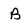
Character: b